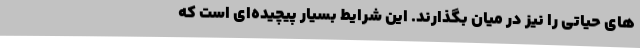
های حیاتی را نیز در میان بگذارند. این شرایط بسیار پیچیده‌ای است که